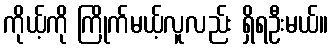
ကိုယ့်ကို ကြိုက်မယ့်လူလည်း ရှိရဦးမယ်။